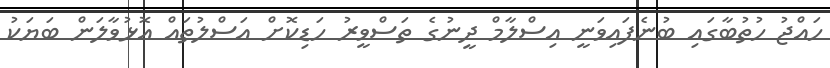
ހައްޖު ހުތުބާގައި ބުނެފައިވަނީ އިސްލާމް ދީނުގެ ތަސްވީރު ހަޑިކޮށް އަސްލުތައް އޮޅުވާލަން ބަޔަކު